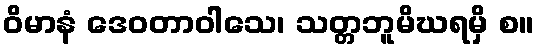
ဝိမာနံ ဒေဝတာဝါသေ၊ သတ္တဘူမိဃရမှိ စ။